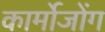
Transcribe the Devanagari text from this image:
कार्मोजोंग